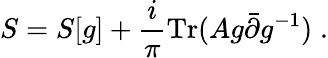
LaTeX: S=S[g]+\frac{i}{\pi}\mathrm{Tr}(Ag{\bar{\partial}}g^{-1})\; .